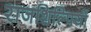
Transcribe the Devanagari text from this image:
राजशिल्पियों